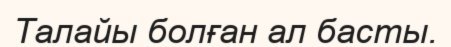
Талайы болған ал басты.